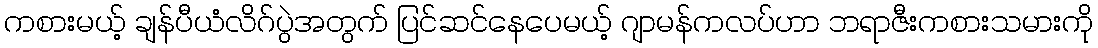
ကစားမယ့် ချန်ပီယံလိဂ်ပွဲအတွက် ပြင်ဆင်နေပေမယ့် ဂျာမန်ကလပ်ဟာ ဘရာဇီးကစားသမားကို